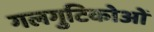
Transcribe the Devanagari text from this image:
गलगुटिकोओं